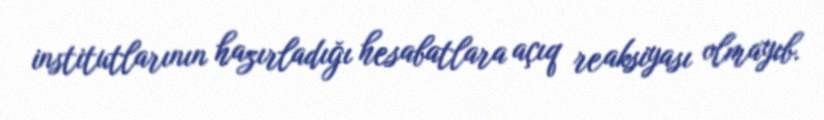
institutlarının hazırladığı hesabatlara açıq reaksiyası olmayıb.